Indian journal of veterinary science and animal husbandry - Volumes 22-23, 1952-1953
Year: 1952
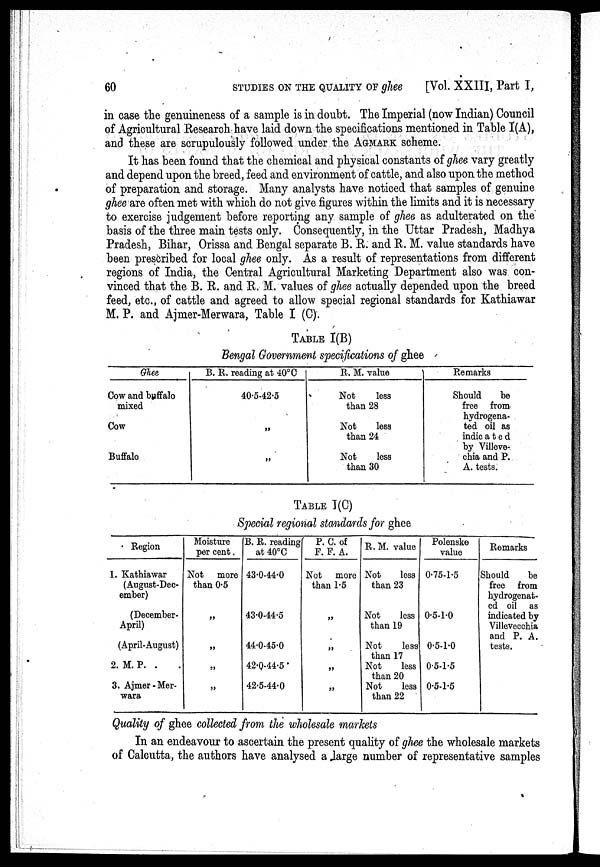
60 STUDIES ON THE QUALITY OF ghee
[Vol. XXIII, Part I,
in case the genuineness of a sample is in doubt. The Imperial (now Indian) Council
of Agricultural Research have laid down the specifications mentioned in Table I(A),
and these are scrupulously followed under the AGMARK scheme.
It has been found that the chemical and physical constants of ghee vary greatly
and depend upon the breed, feed and environment of cattle, and also upon the method
of preparation and storage. Many analysts have noticed that samples of genuine
ghee are often met with which do not give figures within the limits and it is necessary
to exercise judgement before reporting any sample of ghee as adulterated on the
basis of the three main tests only. Consequently, in the Uttar Pradesh, Madhya
Pradesh, Bihar, Orissa and Bengal separate B. R. and R. M. value standards have
been prescribed for local ghee only. As a result of representations from different
regions of India, the Central Agricultural Marketing Department also was con-
vinced that the B. R. and R. M. values of ghee actually depended upon the breed
feed, etc., of cattle and agreed to allow special regional standards for Kathiawar
M. P. and Ajmer-Merwara, Table I (C).
TABLE I(B)
Bengal Government specifications of ghee
Ghee
Cow and buffalo
mixed
Cow
Buffalo
B. R. reading at 40°C
40.5-42.5
„
„
R. M. value
Not
less
than 28
Not
less
than 24
Not
less
than 30
Remarks
Should
be
free from
hydrogena¬
ted oil as
indicated
by Villeve¬
chia and P.
A. tests.
TABLE I(C)
Special regional standards for ghee
Region
1. Kathiawar
(August-Dec-
ember)
(December-
April)
(April-August)
2. M. P. .
3. Ajmer-Mer-
wara
Moisture
per cent
Not more
than 0.5
„
„
„
„
B. R. reading
at 40°C
43.0-44.0
43.0-44.5
44.0-45.0
42.Q-44.5
42.5-44.0
P. C. of
F. F. A.
Not more
than 1.5
„
„
„
„
R. M. value
Not
less
than 23
Not
less
than 19
Not
less
than 17
Not
less
than 20
Not
less
than 22
Polenske
value
0.75-1.5
0.5-1.0
0.5-1.0
0.5-1.5
0.5-1.5
Remarks
Should
be
free from
hydrogenat¬
ed oil as
indicated by
Villevecchia
and P. A.
tests.
Quality of ghee collected from the wholesale markets
In an endeavour to ascertain the present quality of ghee the wholesale markets
of Calcutta, the authors have analysed a large number of representative samples